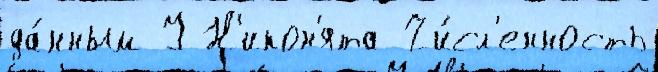
да́нным У Н'икон'ята Чи́сл'енность